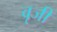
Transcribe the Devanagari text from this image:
वृजी